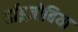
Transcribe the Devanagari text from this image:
र्हाइज़ोबिया